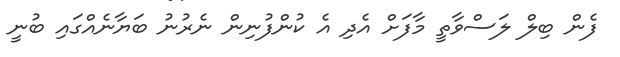
ފެން ބިލް ލަސްވާތީ މާފަށް އެދި އެ ކުންފުނިން ނެރުނު ބަޔާނެއްގައި ބުނީ